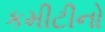
કમીટીનો